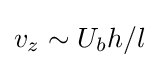
v_{z}\sim U_{b}h/l